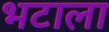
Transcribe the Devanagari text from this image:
भटाला